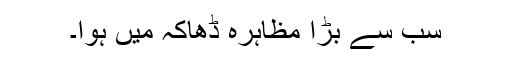
سب سے بڑا مظاہرہ ڈھاکہ میں ہوا۔